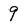
Character: 9